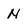
Character: N